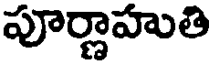
పూర్ణాహుతి